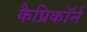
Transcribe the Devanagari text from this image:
कैप्रिकॉर्न